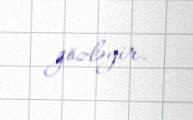
gözləyir.